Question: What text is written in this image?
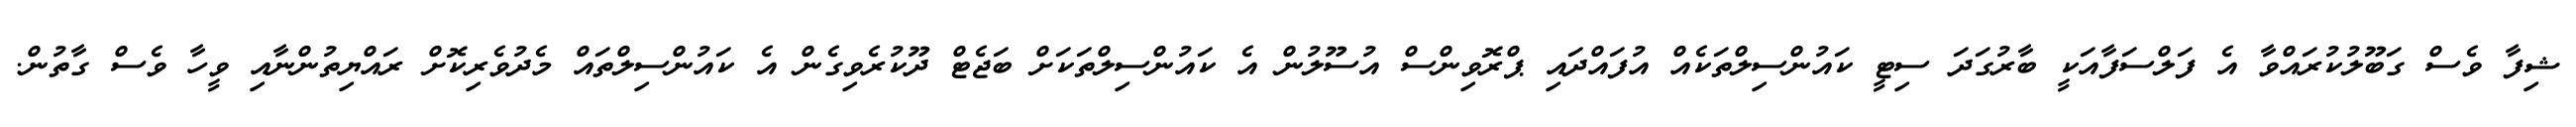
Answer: ޝިފާ ވެސް ގަބޫލުކުރައްވާ އެ ފަލްސަފާއަކީ ބާރުގަދަ ސިޓީ ކައުންސިލްތަކެއް އުފައްދައި ޕްރޮވިންސް އުސޫލުން އެ ކައުންސިލްތަކަށް ބަޖެޓް ދޫކުރެވިގެން އެ ކައުންސިލްތައް މެދުވެރިކޮށް ރައްޔިތުންނާއި ވީހާ ވެސް ގާތުން.